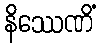
နိဿေဏိံ